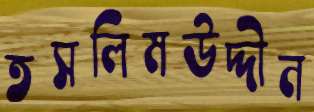
তসলিমউদ্দীন